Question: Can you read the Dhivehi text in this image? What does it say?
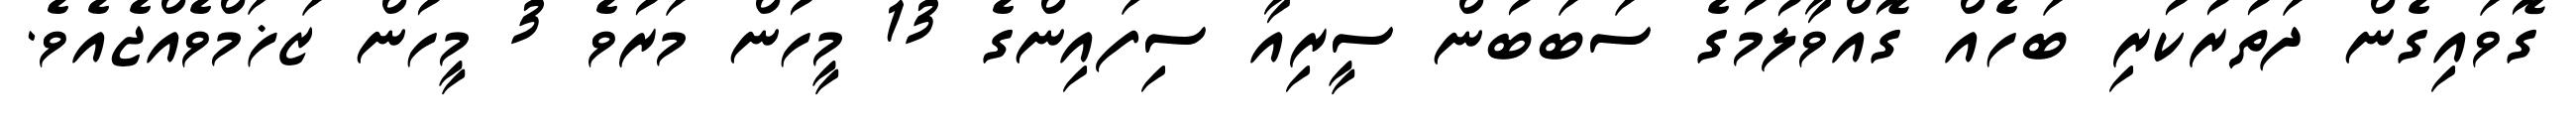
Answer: ގޮވައިގެން ދަތުރުކުރި ބަހެއް ގޮއްވާލުމުގެ ސަބަބުން ސީރިއާ ސިފައިންގެ 13 މީހުން މަރުވެ 3 މީހުން ޒަޚަމްވެއްޖެއެވެ.